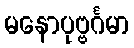
မနောပုဗ္ဗင်္ဂမာ